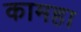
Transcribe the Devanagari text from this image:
कामहा